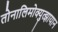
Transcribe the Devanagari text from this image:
तोनालिमोक्युत्झायान